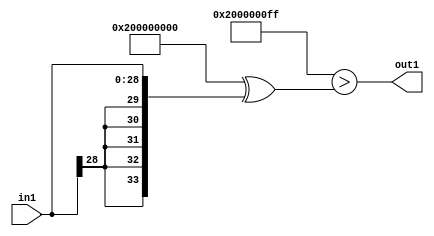
`timescale 1ps / 1ps
/*****************************************************************************
    Verilog RTL Description
    
    
    Created by: Stratus DpOpt 2019.1.01 
*******************************************************************************/

module GaussFilter_Lti255s29_4 (
	in1,
	out1
	); /* architecture "behavioural" */ 
input [28:0] in1;
output  out1;
wire  asc001;

assign asc001 = ((34'B1000000000000000000000000000000000 ^ 34'B0000000000000000000000000011111111)>(34'B1000000000000000000000000000000000
    ^ {{5{in1[28]}}, in1}));

assign out1 = asc001;
endmodule

/* CADENCE  uLH0Qgg= : u9/ySgnWtBlWxVPRXgAZ4Og= ** DO NOT EDIT THIS LINE ******/